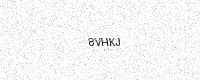
Text: 8VHKJ